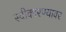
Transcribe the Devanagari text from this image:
स्वीकारण्यावर